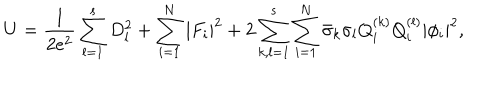
U = \frac 1 { 2 e ^ { 2 } } \sum _ { l = 1 } ^ { s } D _ { l } ^ { 2 } + \sum _ { i = 1 } ^ { N } | F _ { i } | ^ { 2 } + 2 \sum _ { k , l = 1 } ^ { s } \sum _ { i = 1 } ^ { N } \bar { \sigma } _ { k } \sigma _ { l } Q _ { i } ^ { ( k ) } Q _ { i } ^ { ( l ) } | \phi _ { i } | ^ { 2 } ,